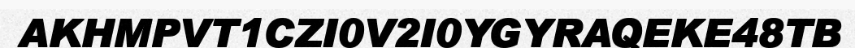
AKHMPVT1CZI0V2I0YGYRAQEKE48TB